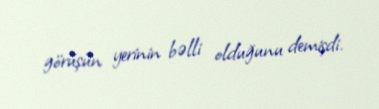
görüşün yerinin bəlli olduğunu demişdi.